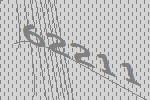
62211